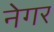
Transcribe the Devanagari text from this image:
नेगर